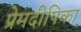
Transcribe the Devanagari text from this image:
प्रेमदीपिका